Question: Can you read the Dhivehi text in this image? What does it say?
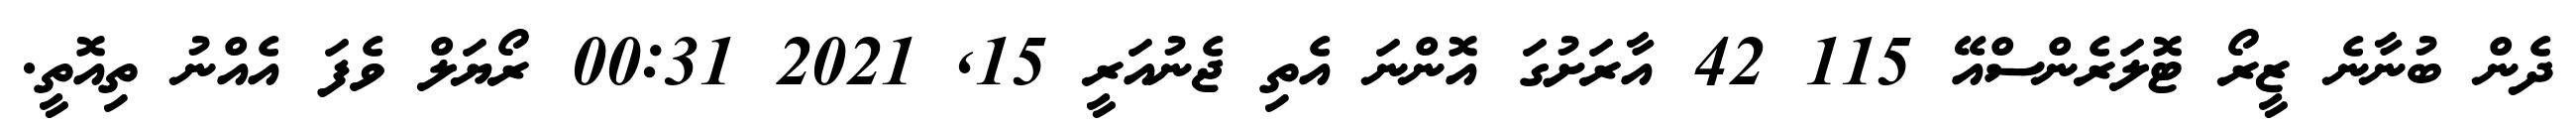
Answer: ދެން ބުނާނެ ޒީރޯ ޓޮލަރެންސްއޭ 115 42 އާރަށުގަ އޮންނަ އެތި ޖެނުއަރީ 15, 2021 00:31 ރޯޔަލް ވެފަ އެއްނު ތިއޮތީ.